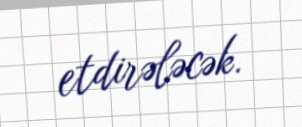
etdirələcək.